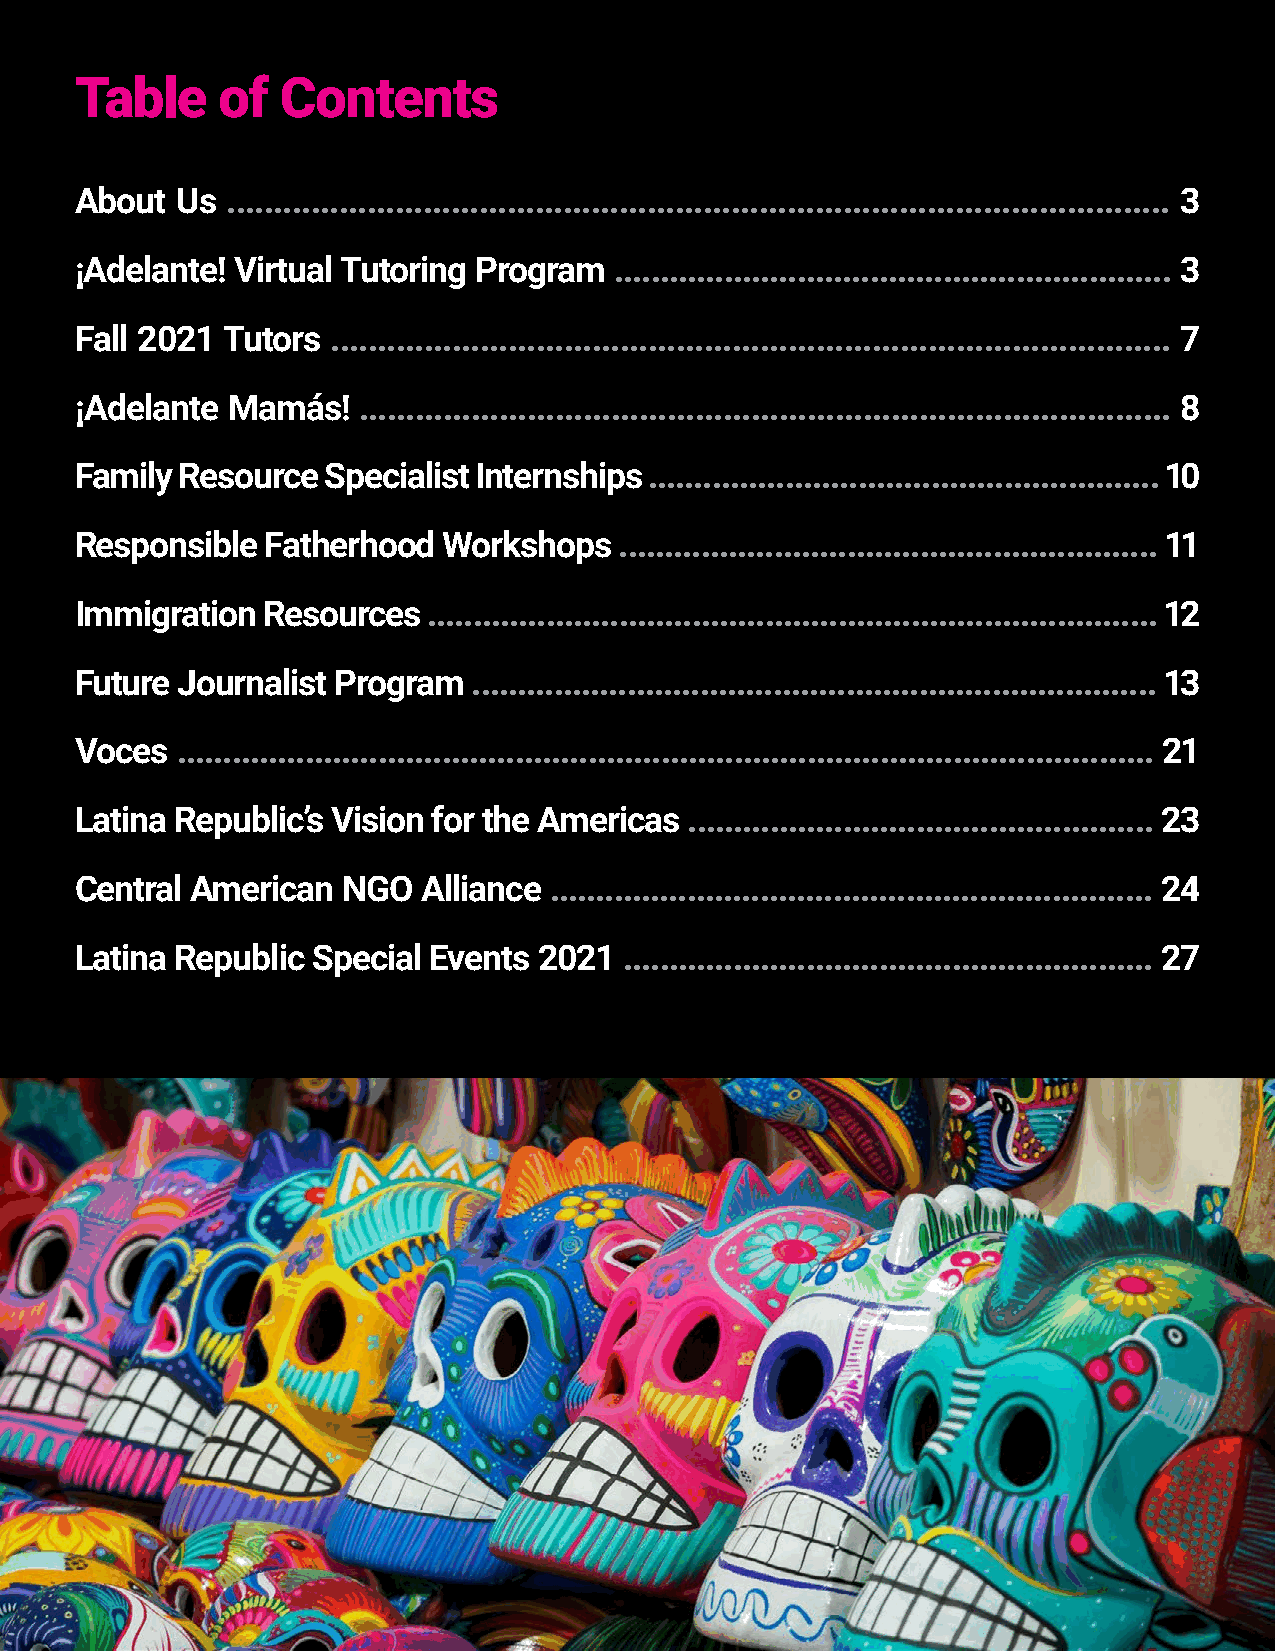
Table    of   Contents
 About  Us ..................................................................................................... 3
 ¡Adelante! Virtual Tutoring Program ............................................................. 3
 Fall 2021 Tutors .......................................................................................... 7
 ¡Adelante Mamás!   ....................................................................................... 8
 Family Resource  Specialist Internships ........................................................ 10
 Responsible  Fatherhood Workshops   ........................................................... 11
 Immigration Resources  ................................................................................ 12
 Future Journalist Program ........................................................................... 13
 Voces  ........................................................................................................... 21
 Latina Republic’s Vision for the Americas ................................................... 23
 Central American  NGO  Alliance .................................................................. 24
 Latina Republic Special Events 2021 .......................................................... 27